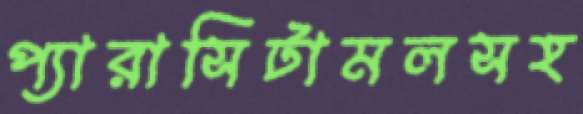
প্যারাসিটামলসহ